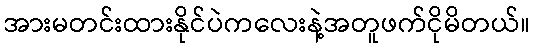
အားမတင်းထားနိုင်ပဲကလေးနဲ့အတူဖက်ငိုမိတယ်။